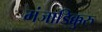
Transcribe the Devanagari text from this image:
मंजाडिक्कुरु